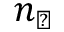
n _ { \perp }